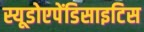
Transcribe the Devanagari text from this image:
स्यूडोएपेंडिसाइटिस